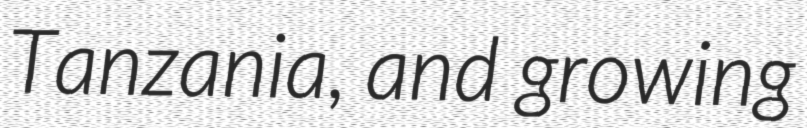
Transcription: Tanzania, and growing